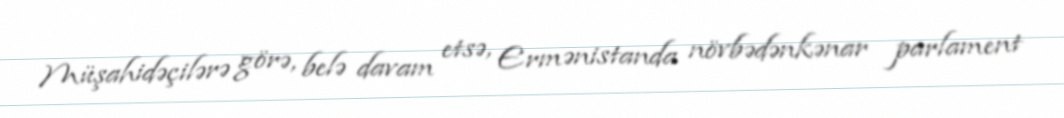
Müşahidəçilərə görə, belə davam etsə, Ermənistanda növbədənkənar parlament